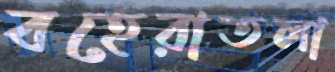
বহেরাতলা